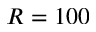
R = 1 0 0